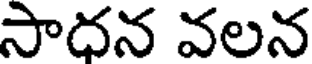
సాదన వలన